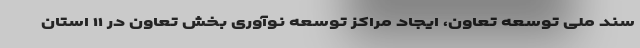
سند ملی توسعه تعاون، ایجاد مراکز توسعه نوآوری بخش تعاون در ۱۱ استان